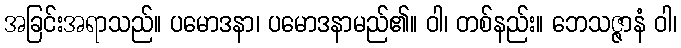
အခြင်းအရာသည်။ ပမောဒနာ၊ ပမောဒနာမည်၏။ ဝါ၊ တစ်နည်း။ ဘေသဇ္ဇာနံ ဝါ၊